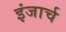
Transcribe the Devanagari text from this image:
इंजार्च